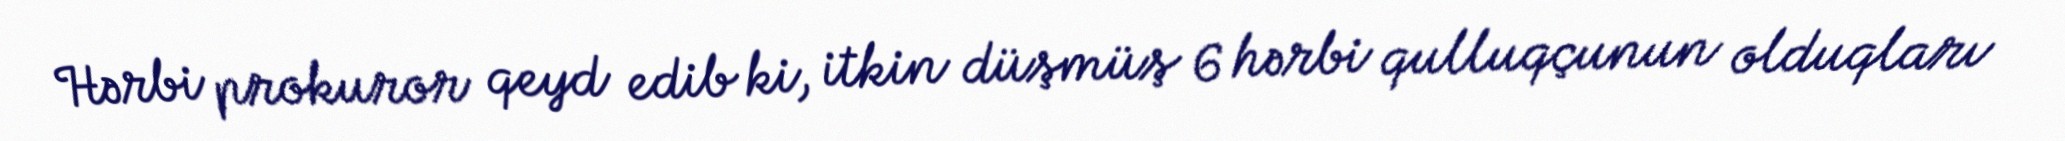
Hərbi prokuror qeyd edib ki, itkin düşmüş 6 hərbi qulluqçunun olduqları